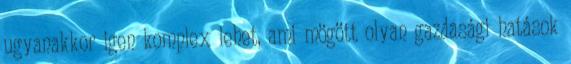
ugyanakkor igen komplex lehet, ami mögött olyan gazdasági hatások